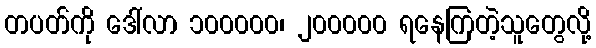
တပတ်ကို ဒေါ်လာ ၁၀၀၀၀၀၊ ၂၀၀၀၀၀ ရနေကြတဲ့သူတွေလို့